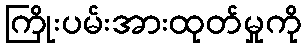
ကြိုးပမ်းအားထုတ်မှုကို